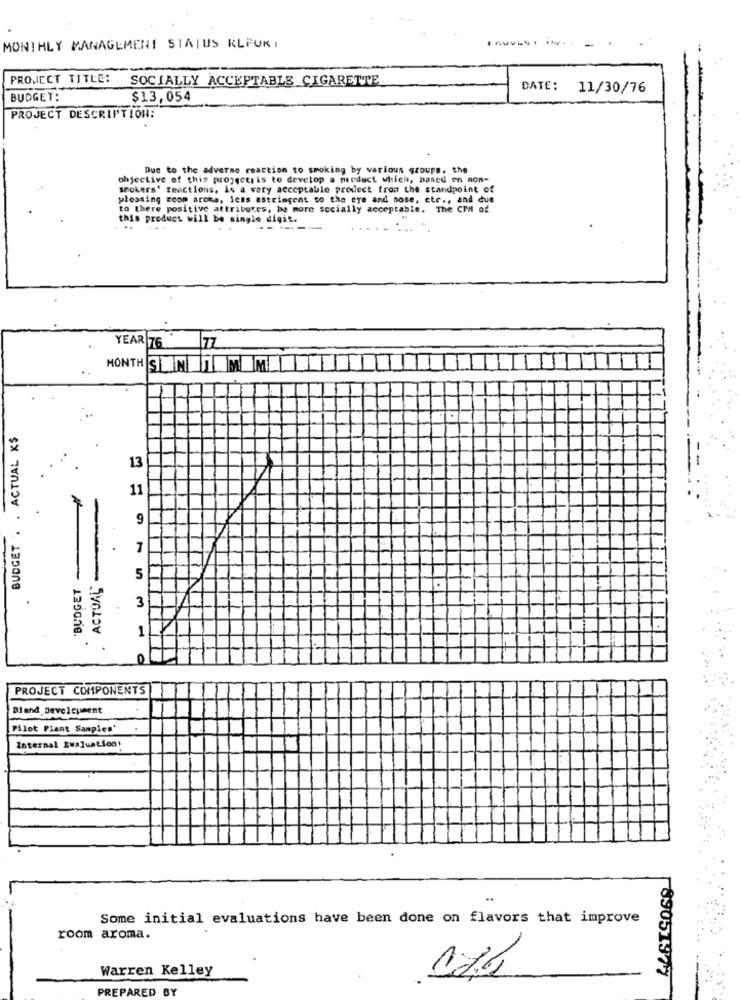
MONTHLY MANAGEMENT STATUS KLEUR,
---------.
PROJECT TITLE:
SOCIALLY ACCEPTABLE CIGARETTE
DATE: 11/30/76
BUDGET:
$13,054
PROJECT DESCRIPTION:
Due to the adverse reaction to smoking by various groups. the
objective of this projgetris to develop a perduct wisich, based on non-
smokers' reactions, is a very acceptable product from the standpoint of
pleasing room aroma, less astringent to the eye and nose, etr ., and due
to there positive attributes, be more socially acceptable. The CM of
this product will be single digit.
----
YEAR 76
77
MONTH SEN TAMIMI
BUDGET . . ACTUAL K$
13
11
9
"BUDGET
ACTUAL
5
3
1
PROJECT COMPONENTS
Blend Development
Pilot Plant Samples'
Internal Evaluation:
Some initial evaluations have been done on flavors that improve
room aroma.
Warren Kelley
89051377
PREPARED BY